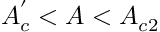
A _ { c } ^ { ' } < A < A _ { c 2 }